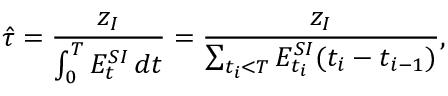
\hat { \tau } = \frac { z _ { I } } { \int _ { 0 } ^ { T } E _ { t } ^ { S I } \, d t } = \frac { z _ { I } } { \sum _ { t _ { i } < T } E _ { t _ { i } } ^ { S I } ( t _ { i } - t _ { i - 1 } ) } ,